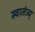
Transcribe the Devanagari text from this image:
स्वातंत्र्य्